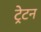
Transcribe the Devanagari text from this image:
ट्रेटन